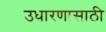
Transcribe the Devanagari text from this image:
उधारणासाठी